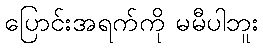
ပြောင်းအရက်ကို မမီပါဘူး